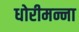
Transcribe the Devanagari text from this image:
धोरीमन्ना